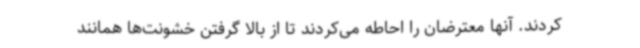
کردند. آنها معترضان را احاطه می‌کردند تا از بالا گرفتن خشونت‌ها همانند